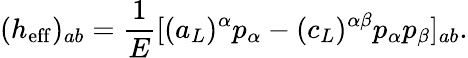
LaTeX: (h_{\mathrm{eff}})_{ab}={\frac{1}{E}}[(a_{L})^{\alpha}p_{\alpha}-(c_{L})^{\alpha\beta}p_{\alpha}p_{\beta}]_{ab}.